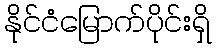
နိုင်ငံမြောက်ပိုင်းရှိ